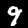
Label: 9